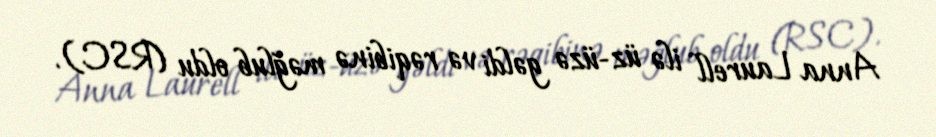
Anna Laurell ilə üz-üzə gəldi və rəqibinə məğlub oldu (RSC).